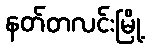
နတ်တလင်းမြို့